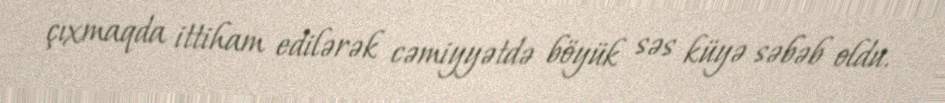
çıxmaqda ittiham edilərək cəmiyyətdə böyük səs küyə səbəb oldu.